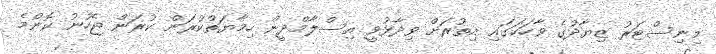
މިނިސްޓަރު ޒިޔާދުގެ ވާހަކަގައި އިތުރަށް ވިދާޅުވީ އިސްލާމްދީން ހިމާޔަތްކުރަން ކުރަން ޖެހުނު ކޮންމެ